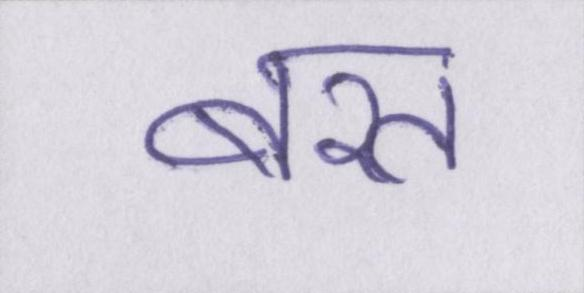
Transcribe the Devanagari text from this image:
बरत